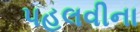
પહલવીના